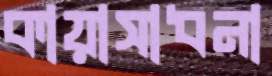
কায়াসাধনা